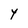
Character: Y